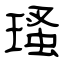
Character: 瑵